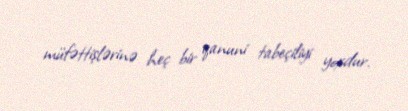
müfəttişlərinə heç bir qanuni tabeçiliyi yoxdur.